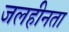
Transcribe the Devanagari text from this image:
जलहीनता